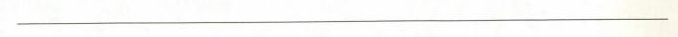
___